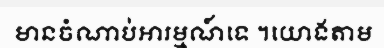
មានចំណាប់អារម្មណ៍ទេ ។យោងតាម